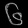
Digit: ၆